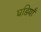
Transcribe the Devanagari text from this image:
घडियाँ